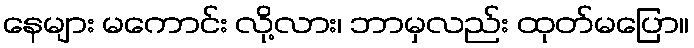
နေများ မကောင်း လို့လား၊ ဘာမှလည်း ထုတ်မပြော။